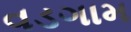
વડગામ